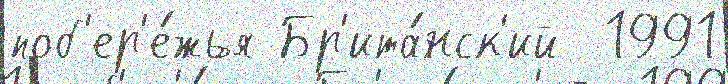
поб'ер'е́жья Бр'ита́нск'ий  1991